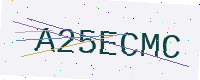
Text: A25ECMC